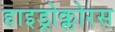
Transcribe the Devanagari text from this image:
हाइड्रोक्लोरस